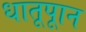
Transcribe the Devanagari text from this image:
धातूपाून